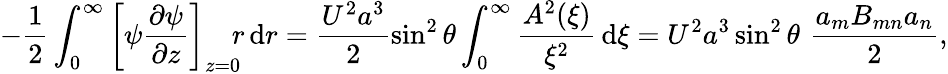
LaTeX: -\frac{1}{2}\int_{0}^{\infty}\left[\psi\frac{\partial\psi}{\partial z}\right]_{z=0}\! \! r\, \textrm{d}r=\frac{U^{2}a^{3}}{2}\sin^{2}\theta\int_{0}^{\infty}\frac{A^{2}(\xi)}{\xi^{2}}\, \textrm{d}\xi=U^{2}a^{3}\sin^{2}\theta\, \, \frac{a_{m}B_{mn}a_{n}}{2},